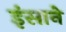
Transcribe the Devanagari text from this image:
इंसाने